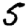
Digit: 5